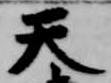
天